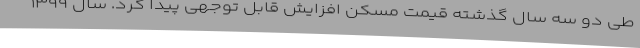
طی دو سه سال گذشته قیمت مسکن افزایش قابل توجهی پیدا کرد. سال ۱۳۹۹